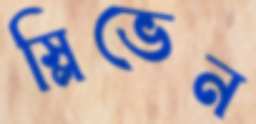
স্লিভেন